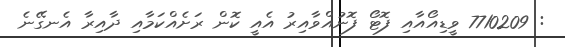
: 7710209 ވީޑިއޯއާއި ފޮޓޯ ފޮނުއްވާއިރު އެއީ ކޮން ރަށެއްކަމާއި ދާއިރާ އެނގޭނެ